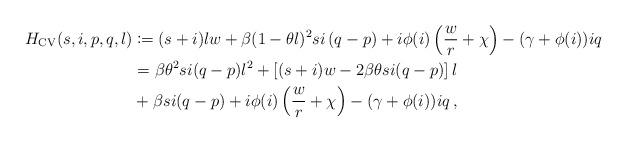
LaTeX: \begin{align*}H_{\mathrm{CV}}(s,i,p,q,l)&\coloneqq (s+i)lw+\beta(1-\theta l)^2si\left(q-p\right) +i\phi(i)\left(\frac{w}{r}+\chi\right)-(\gamma+\phi(i))iq \\&= \beta \theta^2 si (q-p) l^2 + \left[(s+i)w - 2\beta \theta si (q-p)\right] l \\&+ \beta si (q-p) + i\phi(i)\left(\frac{w}{r}+\chi\right)-(\gamma+\phi(i))iq\, ,\end{align*}